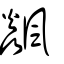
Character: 飈